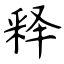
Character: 释